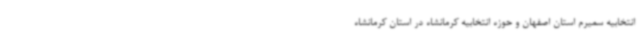
انتخابیه سمیرم استان اصفهان و حوزه انتخابیه کرمانشاه در استان کرمانشاه